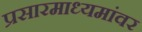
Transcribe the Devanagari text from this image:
प्रसारमाध्यमांवर